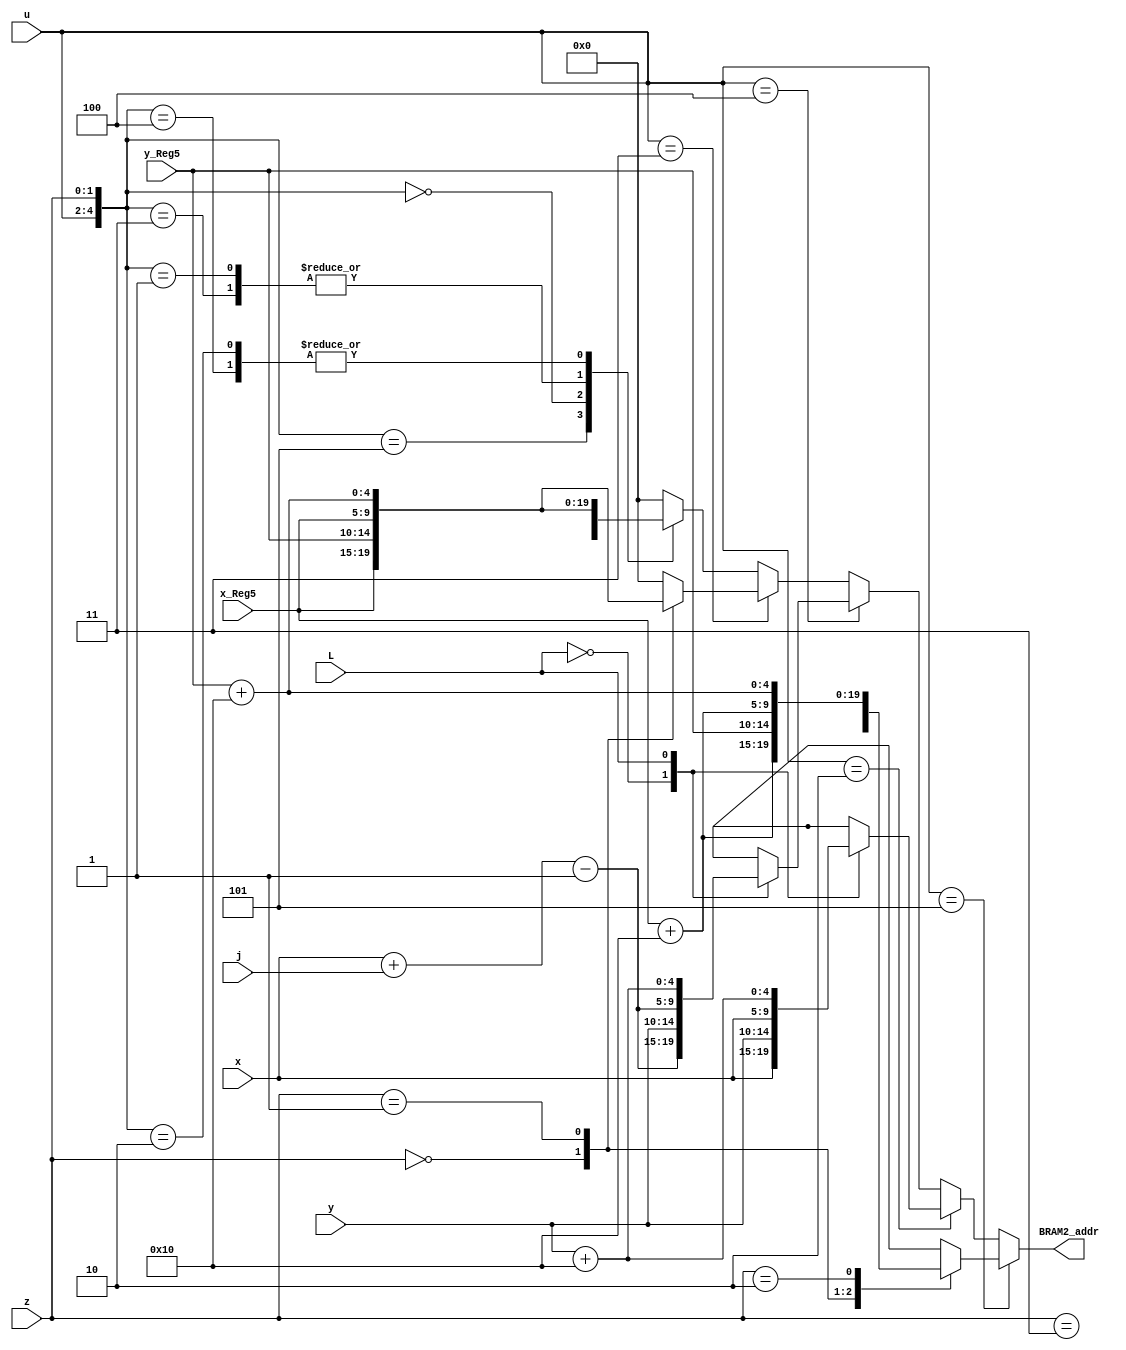
module BRAM2_address_L7(BRAM2_addr,x_Reg5,y_Reg5,x,y,z,u,L,j);
output reg [9:0] BRAM2_addr;
input [1:0] z,j;
input [2:0] u;
input [4:0] x_Reg5,y_Reg5,x,y;
input L;

always @ (*)
	begin
		if(u==5)
			case (z)
					2'b11: BRAM2_addr={x_Reg5,y_Reg5}; 
					2'b00: BRAM2_addr={x_Reg5,y_Reg5+5'b10000}; 
					2'b01: BRAM2_addr={x_Reg5+5'b10000,y_Reg5}; 
					2'b10: BRAM2_addr={x_Reg5+5'b10000,y_Reg5+5'b10000}; 
			endcase	
		else if (u==2)
			case(L)
					1'b0: BRAM2_addr={x,y}; 
					1'b1: BRAM2_addr={x,y+5'b10000}; 
			endcase
		else if (u==4)
			case(L)
					1'b0: BRAM2_addr={x+j-5'b00001,y}; 
					1'b1: BRAM2_addr={x+j-5'b00001,y+5'b10000}; 
			endcase
		else if (u==3)
			case(z)
					2'b00: BRAM2_addr={x_Reg5,y_Reg5}; 
					2'b01: BRAM2_addr={x_Reg5,y_Reg5+5'b10000}; 
					default: BRAM2_addr=0;
			endcase		
		else
			case({u,z}) //5bit
					5'b000_11: BRAM2_addr={x_Reg5,y_Reg5}; 
					5'b001_00: BRAM2_addr={x_Reg5,y_Reg5+5'b10000}; 
					5'b001_01: BRAM2_addr={x_Reg5+5'b10000,y_Reg5}; 
					5'b000_00: BRAM2_addr={x_Reg5+5'b10000,y_Reg5+5'b10000}; 
					5'b000_01: BRAM2_addr={x_Reg5,y_Reg5}; 
					5'b000_10: BRAM2_addr={x_Reg5,y_Reg5+5'b10000};
					default:	 BRAM2_addr=0;
			endcase	
	end
endmodule